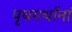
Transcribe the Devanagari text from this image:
पृथगर्थानां